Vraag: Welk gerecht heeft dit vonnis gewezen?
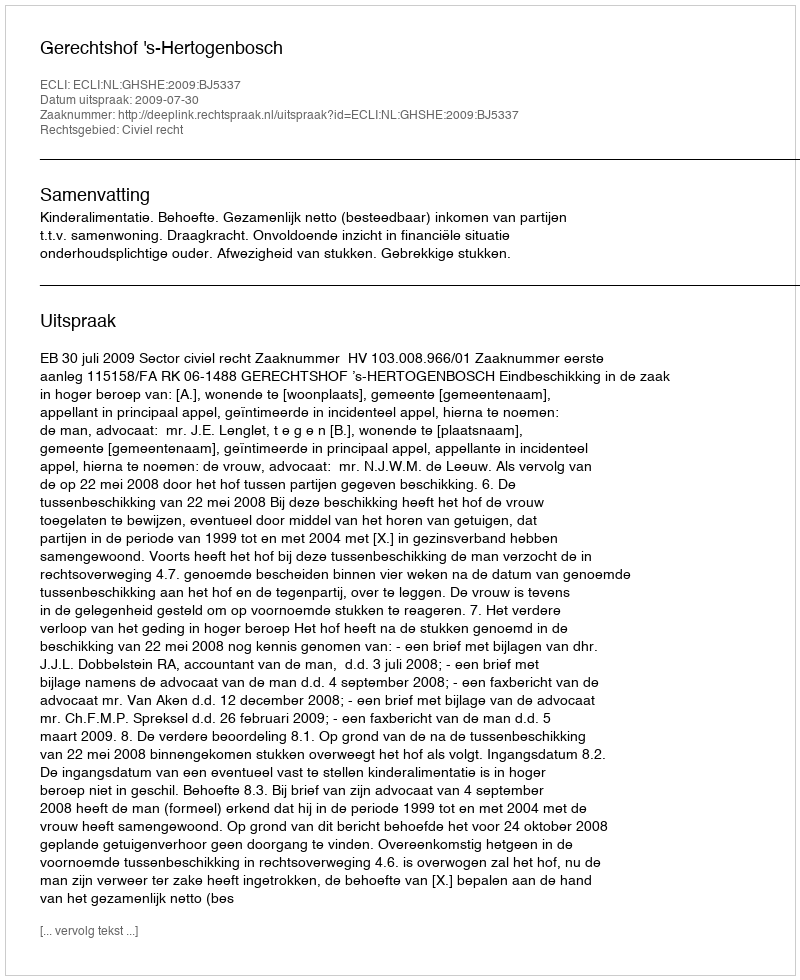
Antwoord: Gerechtshof 's-Hertogenbosch